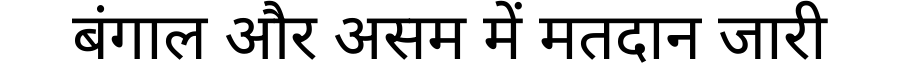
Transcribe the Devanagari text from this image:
बंगाल और असम में मतदान जारी